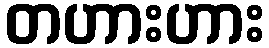
တဟားဟား